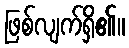
ဖြစ်လျက်ရှိ၏။